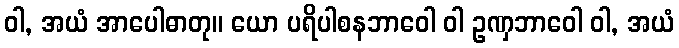
ဝါ, အယံ အာပေါဓာတု။ ယော ပရိပါစနဘာဝေါ ဝါ ဥဏှဘာဝေါ ဝါ, အယံ